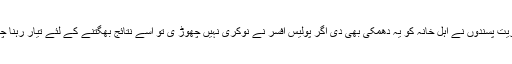
عسکریت پسندوں نے اہلِ خانہ کو یہ دھمکی بھی دی اگر پولیس افسر نے نوکری نہیں چھوڑ ی تو اُسے نتائج بھگتنے کے لئے تیار رہنا چاہیے۔